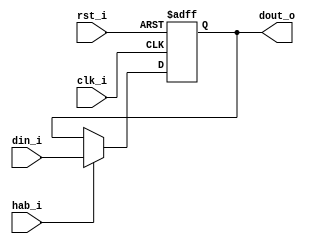
// Name: pipo_reg.v
//
// Description: Registro con entrada y salida en paralelo con habilitacion.

module pipo_reg #(
  parameter Width = 12
) ( 
  input                   rst_i,
  input                   clk_i,
  input                   hab_i,
  input      [Width-1:0]  din_i,
  output reg [Width-1:0]  dout_o
);

  always @(posedge clk_i, posedge rst_i) begin
    if (rst_i)
      dout_o <= 0; 
    else if (hab_i)
      dout_o <= din_i;
  end   
  
endmodule